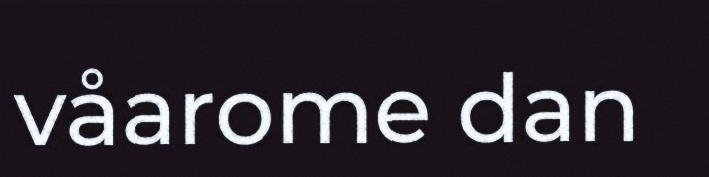
våarome dan